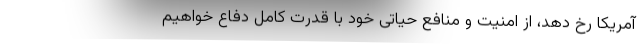
آمریکا رخ دهد، از امنیت و منافع حیاتی خود با قدرت کامل دفاع خواهیم